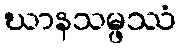
ဃာနသမ္ဖဿံ